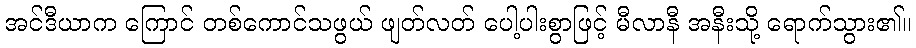
အင်ဒီယာက ကြောင် တစ်ကောင်သဖွယ် ဖျတ်လတ် ပေါ့ပါးစွာဖြင့် မီလာနီ အနီးသို့ ရောက်သွား၏။